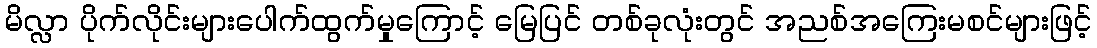
မိလ္လာ ပိုက်လိုင်းများပေါက်ထွက်မှုကြောင့် မြေပြင် တစ်ခုလုံးတွင် အညစ်အကြေးမစင်များဖြင့်